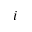
i